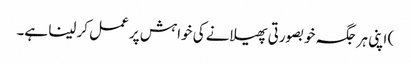
) اپنی ہر جگہ خوبصورتی پھیلانے کی خواہش پر عمل کر لینا ہے۔